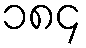
၁၈၄